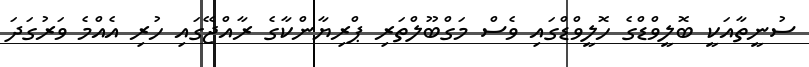
ސުނީތާއަކީ ބޮލީވްޑްގެ ހޮލީވްޑްގައި ވެސް މަގްބޫލްތަރި ޕްރިޔާންކާގެ ރާއްޖޭގައި ހުރި އެއްމެ ވަރުގަދަ